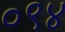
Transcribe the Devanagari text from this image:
०९४